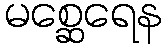
မစ္ဆေရေန